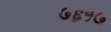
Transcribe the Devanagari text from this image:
७६१७